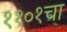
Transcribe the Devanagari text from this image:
११०१चा